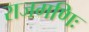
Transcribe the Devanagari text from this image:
राजमणिः